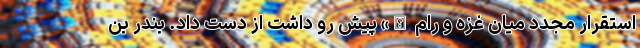
استقرار مجدد میان غزه و رام الله» پیش رو داشت از دست داد. بندر بن